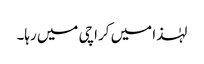
لہٰذا میں کراچی میں رہا۔